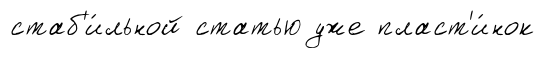
стаб'и́льной статью уже пласт'и́нок